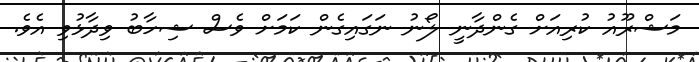
މަޝްރޫއު ކުރިއަށް ގެންދާނީ ލޯނު ނަގައިގެން ކަމަށް ވެސް ޝިހާބު ވިދާޅުވި އެވެ.